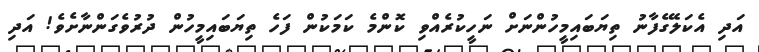
އަދި އެކަލޭގެފާނު ތިޔަބައިމީހުންނަށް ނަހީކުރެއްވި ކޮންމެ ކަމަކުން ފަހެ ތިޔަބައިމީހުން ދުރުވެގަންނާށެވެ! އަދި